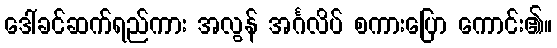
ဒေါ်ခင်ဆက်ရည်ကား အလွန် အင်္ဂလိပ် စကားပြော ကောင်း၏။